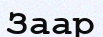
Заар